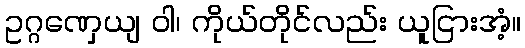
ဥဂ္ဂဏှေယျ ဝါ၊ ကိုယ်တိုင်လည်း ယူငြားအံ့။